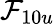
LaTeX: \mathcal{F}_{10u}